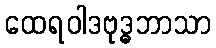
ထေရဝါဒဗုဒ္ဓဘာသာ